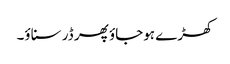
کھڑے ہوجاؤ پھر ڈر سناؤ۔